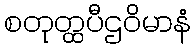
စတုတ္ထပီဌဝိမာနံ